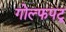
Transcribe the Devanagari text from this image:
गोल्फपटू